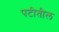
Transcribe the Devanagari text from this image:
पटीतील